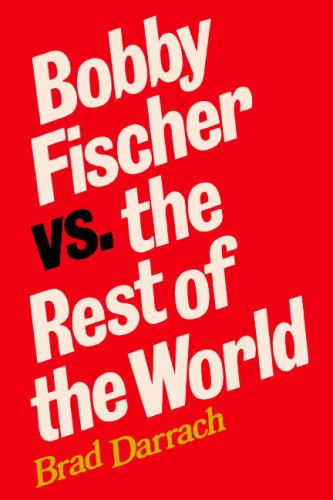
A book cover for Bobby Fischer vs. the Rest of the World: Updated in 2009, with a New Foreword and scores of all 25 games between Fischer and Spassky, with diagrams and some chess analysis by Sam Sloan; Brad Darrach; Travel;